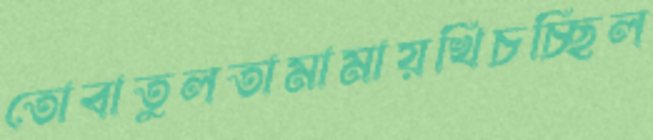
তোবাতুলতামামায়খিচচ্ছিল